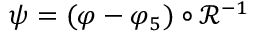
\psi = ( \varphi - \varphi _ { 5 } ) \circ \mathcal { R } ^ { - 1 }